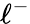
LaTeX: \ell^{-}